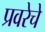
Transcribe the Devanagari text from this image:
प्रवरेचे